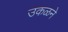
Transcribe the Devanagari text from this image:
उकळने